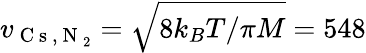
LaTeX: v_{\mathrm{~C~s~,~N~}_{2}}=\sqrt{8k_{B}T/\pi M}=548